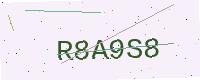
Text: R8A9S8